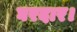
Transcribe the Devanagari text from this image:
घरदार।